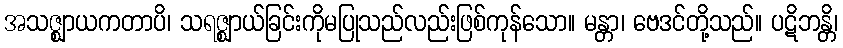
အသဇ္ဈာယကတာပိ၊ သရဇ္ဈာယ်ခြင်းကိုမပြုသည်လည်းဖြစ်ကုန်သော။ မန္တာ၊ ဗေဒင်တို့သည်။ ပဋိဘန္တိ၊